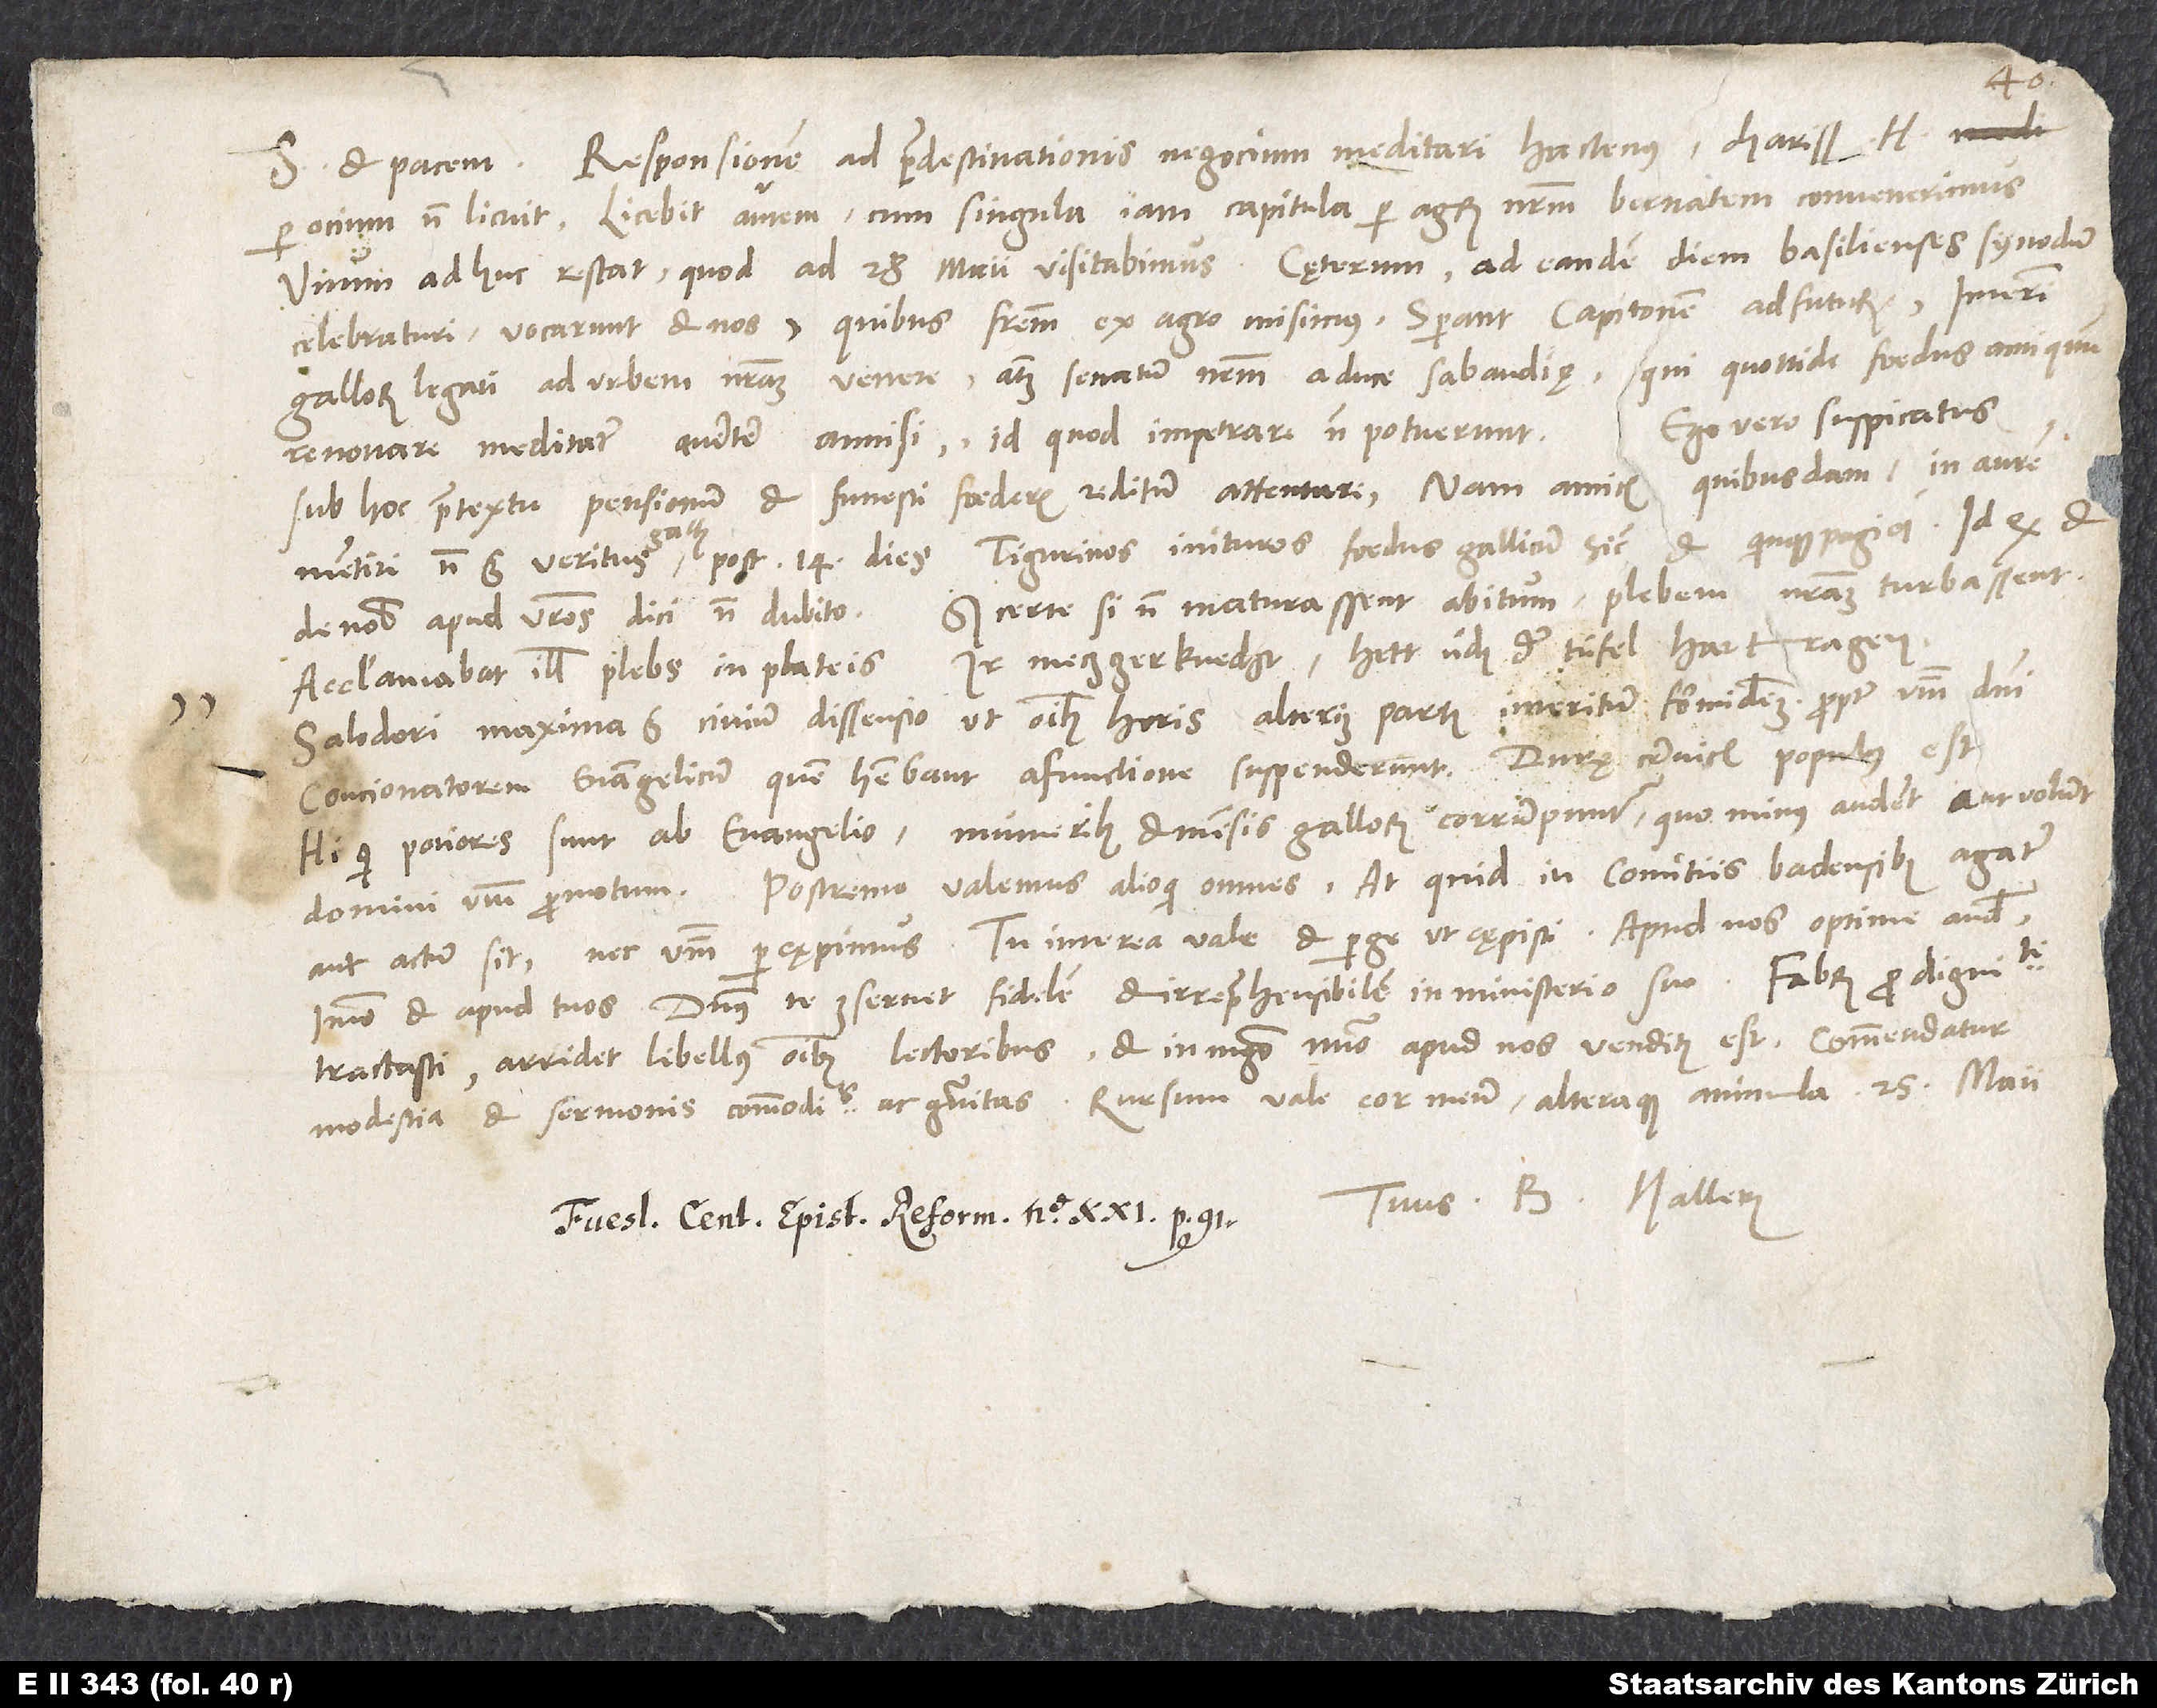
S.

Responsionem ad praedestinationis negocium meditari hactenus, charissime Heinrice,
per ocium non licuit, licebit autem, cum singula iam capitula per agrum nostrum Bernatem convenerimus.
Unum adhuc restat, quod ad 28. maii visitabimus. Caeterum ad eandem diem Basilienses synodum
celebraturi vocarunt et nos. Quibus fratrem ex agro misimus. Sperant Capitonem adfuturum.
Gallorum legati ad urbem nostram venere atque senatum nostrum a duce Sabaudiae, qui quottide foedus antiquum
renovare meditatur, avertere annisi, id quod impetrare non potuerunt. Ego vero suspicatus
sub hoc praetextu pensionum et funesti foederis reditum attentari. Nam amicis quibusdam in aurem
mentiri non est veritus Gallus post 14 dies Tigurinos inituros foedus gallicum, sicut et Quinquepagici. Id quod et
de nobis apud vestros dici non dubito. Sed certe, si non maturassent abitum, plebem nostram turbassent.
Acclamabat illis plebs in plateis: Ir metzgerknecht, hett üch der tüfel hartragen?
Salodori maxima est civium dissensio, ut omnibus boris alterius partis interitum formidemus propter verbum domini.
Concionatorem evangelicum, quem habebant, a functione suspenderunt. «Durae cervicis populus est»
Hi, qui potiores sunt ab evangelio, muneribus et mensis Gallorum corrumpuntur, quo minus audent aut volunt
Postremo, valemus alioqui omnes. At quid in comitiis Badensibus agatur
immo et apud tuos. Dominus te conservet fidelem et irreprehensibilem in ministerio suo.
tractasti. Arridet libellus omnibus lectoribus et in magno numero apud nos venditus est. Commendatur
modestia et sermonis commoditas ac gravitas. Rursum vale, cor meum alteraque animula.
Tuus B. Hallerus.